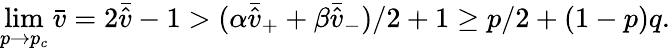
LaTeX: \operatorname*{lim}_{p\rightarrow p_{c}}\bar{v}=2\bar{\hat{v}}-1>(\alpha\bar{\hat{v}}_{+}+\beta\bar{\hat{v}}_{-})/2+1\geq p/2+(1-p)q.